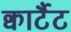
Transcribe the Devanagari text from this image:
क्वार्टैट